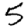
Digit: 5